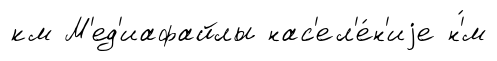
км М'ед'иафайлы нас'ел'е́н'иjе н'́м